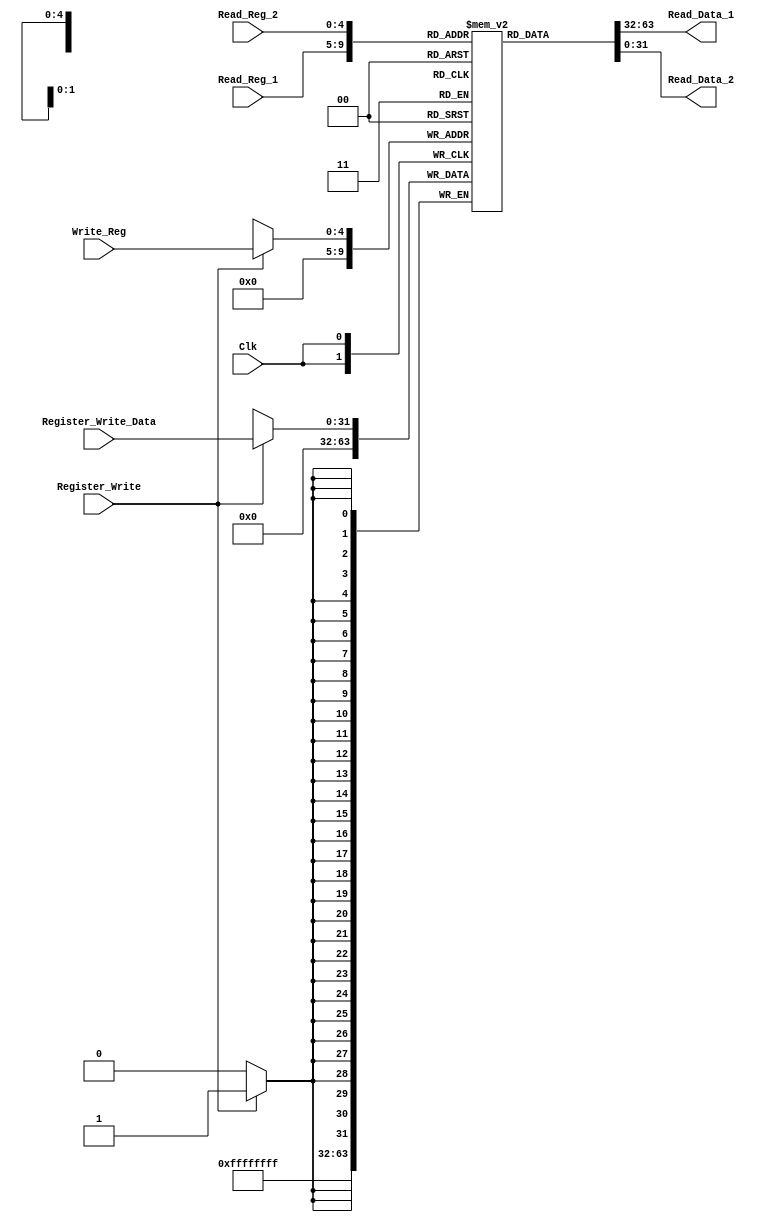
`timescale 1ns / 1ps
//////////////////////////////////////////////////////////////////////////////////
// Company: 
// Engineer: 
// 
// Design Name: 
// Module Name:    Register_File 
// Project Name: 
// Target Devices: 
// Tool versions: 
// Description: 
//
// Dependencies: 
//
// Revision: 
// Revision 0.01 - File Created
// Additional Comments: 
//
//////////////////////////////////////////////////////////////////////////////////
module Register_File(Clk,Register_Write,Read_Reg_1,Read_Reg_2,Write_Reg,Register_Write_Data,Read_Data_1,Read_Data_2);
input Clk;
input Register_Write;
input [4:0] Read_Reg_1;
input [4:0] Read_Reg_2;
input [4:0] Write_Reg;
input [31:0] Register_Write_Data;
output [31:0] Read_Data_1;
output [31:0] Read_Data_2;
reg [31:0] Register_File_data[31:0];
assign Read_Data_1 = Register_File_data[Read_Reg_1];
assign Read_Data_2 = Register_File_data[Read_Reg_2];
always @(posedge Clk) 
begin
	if(Register_Write)
		Register_File_data[Write_Reg] <= Register_Write_Data;
	Register_File_data[0] <= 32'h00000000;
end
endmodule